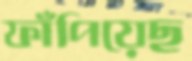
ফাঁপিয়েছ